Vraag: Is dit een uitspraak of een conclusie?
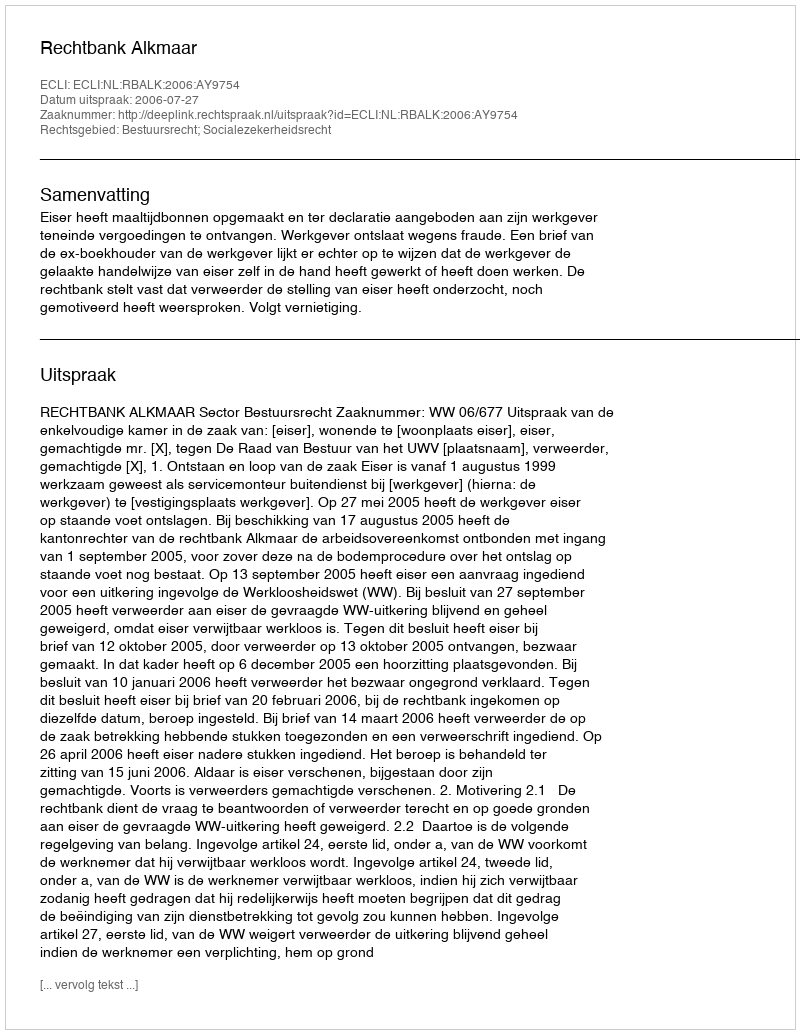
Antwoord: Uitspraak